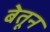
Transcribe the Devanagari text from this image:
बेतून